Report on the working of the Ranchi Indian Mental Hospital, Kanke, in Bihar and Orissa - 1930-1940
Year: 1930
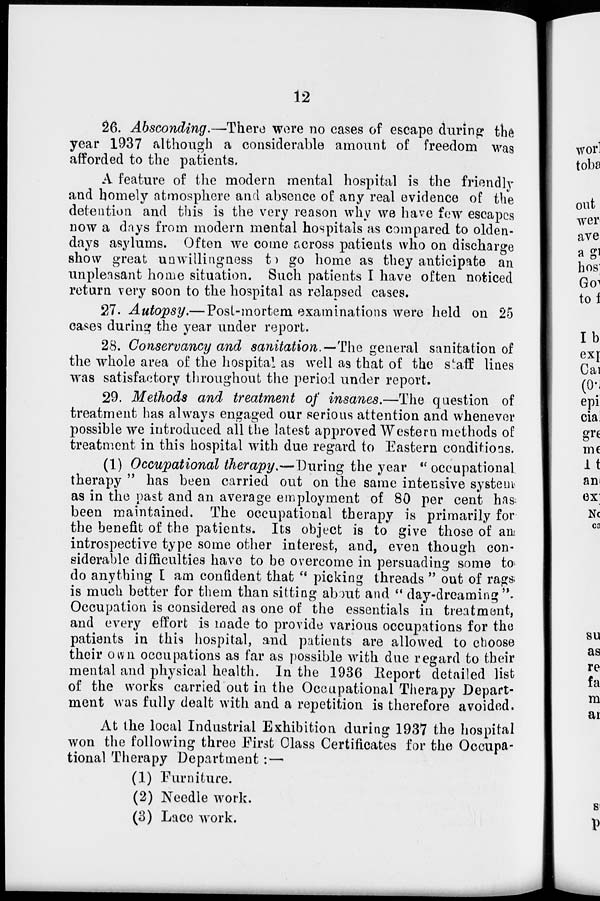
12
26. Absconding.—There were no cases of escape during the
year 1937 although a considerable amount of freedom was
afforded to the patients.
A feature of the modern mental hospital is the friendly
and homely atmosphere and absence of any real evidence of the
detention and this is the very reason why we have few escapes
now a days from modern mental hospitals as compared to olden-
days asylums. Often we come across patients who on discharge
show great unwillingness to go home as they anticipate an
unpleasant home situation. Such patients I have often noticed
return very soon to the hospital as relapsed cases.
27. Autopsy.— Post-mortem examinations were held on 25
cases during the year under report.
28. Conservancy and sanitation.—The general sanitation of
the whole area of the hospital as well as that of the staff lines
was satisfactory throughout the period under report.
29. Methods and treatment of insanes.—The question of
treatment has always engaged our serious attention and whenever
possible we introduced all the latest approved Western methods of
treatment in this hospital with due regard to Eastern conditions.
(1) Occupational therapy.— During the year "occupational
therapy " has been carried out on the same intensive system
as in the past and an average employment of 80 per cent has
been maintained. The occupational therapy is primarily for
the benefit of the patients. Its object is to give those of any
introspective type some other interest, and, even though con-
siderable difficulties have to be overcome in persuading some to
do anything I am confident that " picking threads " out of rags;
is much better for them than sitting about and " day-dreaming "
Occupation is considered as one of the essentials in treatment,
and every effort is made to provide various occupations for the
patients in this hospital, and patients are allowed to choose
their own occupations as far as possible with due regard to their
mental and physical health. In the 1936 Report detailed list
of the works carried out in the Occupational Therapy Depart-
ment was fully dealt with and a repetition is therefore avoided.
At the local Industrial Exhibition during 1937 the hospital
won the following three First Class Certificates for the Occupa-
tional Therapy Department:—
(1) Furniture.
(2) Needle work.
(3) Lace work.